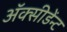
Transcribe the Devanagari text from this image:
अॅक्सीडेंन्ट